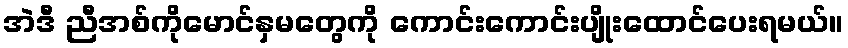
အဲဒီ ညီအစ်ကိုမောင်နှမတွေကို ကောင်းကောင်းပျိုးထောင်ပေးရမယ်။